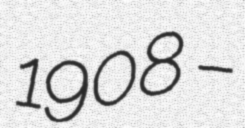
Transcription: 1908 –